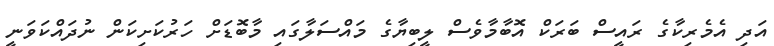
އަދި އެމެރިކާގެ ރައީސް ބަރަކް އޮބާމާވެސް ލީބިޔާގެ މައްސަލާގައި މާބޮޑަށް ހަރުކަށިކަން ނުދައްކަވަނީ